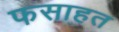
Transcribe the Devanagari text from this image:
फसाहत